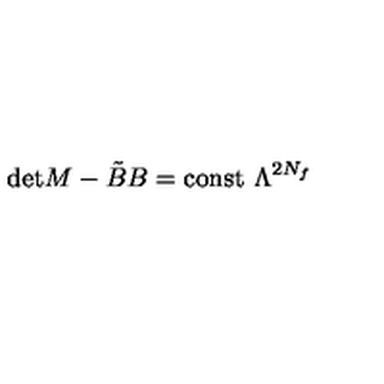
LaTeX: \mathrm { d e t } M - \tilde { B } B = \mathrm { c o n s t } \ \Lambda ^ { 2 N _ { f } }